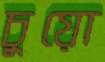
চুয়ো